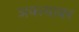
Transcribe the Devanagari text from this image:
अक्त्याबर